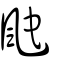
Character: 䬁